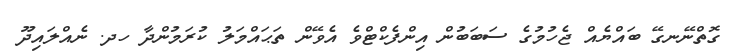
ގޮތްނޭނގޭ ބައްޔެއް ޖެހުމުގެ ސަބަބުން އިންފެކްޓްވެ އެވޭން ތަޙައްމަލު ކުރަމުންދާ ހދ. ނެއްލައިދޫ